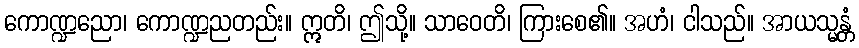
ကောဏ္ဍညော၊ ကောဏ္ဍညတည်း။ ဣတိ၊ ဤသို့။ သာဝေတိ၊ ကြားစေ၏။ အဟံ၊ ငါသည်။ အာယသ္မန္တံ